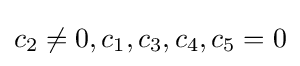
c_{2}\neq 0,c_{1},c_{3},c_{4},c_{5}=0